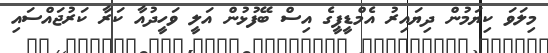
މިލަވަ ކިޔަމުން ދިޔައިރު އެމްޑީޕީގެ އިސް ބޭފުޅުން އަލީ ވަހީދުއާ ކަރާ ކަރުޖައްސައި